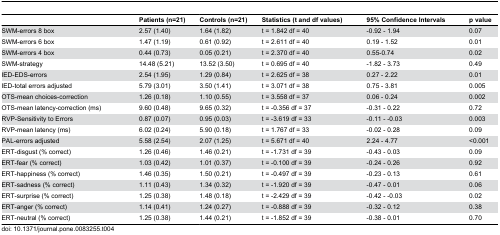
<table><thead><tr><td></td><td><b>Patients (n=21)</b></td><td><b>Controls (n=21)</b></td><td><b>Statistics (t and df values)</b></td><td><b>95% Confidence Intervals</b></td><td><b>p value</b></td></tr></thead><tbody><tr><td>SWM-errors 8 box</td><td>2.57 (1.40)</td><td>1.64 (1.82)</td><td>t = 1.842 df = 40</td><td>-0.92 - 1.94</td><td>0.07</td></tr><tr><td>SWM-errors 6 box</td><td>1.47 (1.19)</td><td>0.61 (0.92)</td><td>t = 2.611 df = 40</td><td>0.19 - 1.52</td><td>0.01</td></tr><tr><td>SWM-errors 4 box</td><td>0.44 (0.73)</td><td>0.05 (0.21)</td><td>t = 2.370 df = 40</td><td>0.55-0.74</td><td>0.02</td></tr><tr><td>SWM-strategy</td><td>14.48 (5.21)</td><td>13.52 (3.50)</td><td>t = 0.695 df = 40</td><td>-1.82 - 3.73</td><td>0.49</td></tr><tr><td>IED-EDS-errors</td><td>2.54 (1.95)</td><td>1.29 (0.84)</td><td>t = 2.625 df = 38</td><td>0.27 - 2.22</td><td>0.01</td></tr><tr><td>IED-total errors adjusted</td><td>5.79 (3.01)</td><td>3.50 (1.41)</td><td>t = 3.071 df = 38</td><td>0.75 - 3.81</td><td>0.005</td></tr><tr><td>OTS-mean choices-correction</td><td>1.26 (0.18)</td><td>1.10 (0.55)</td><td>t = 3.558 df = 37</td><td>0.06 - 0.24</td><td>0.002</td></tr><tr><td>OTS-mean latency-correction (ms)</td><td>9.60 (0.48)</td><td>9.65 (0.32)</td><td>t = -0.356 df = 37</td><td>-0.31 - 0.22</td><td>0.72</td></tr><tr><td>RVP-Sensitivity to Errors</td><td>0.87 (0.07)</td><td>0.95 (0.03)</td><td>t = -3.619 df = 33</td><td>-0.11 - -0.03</td><td>0.003</td></tr><tr><td>RVP-mean latency (ms)</td><td>6.02 (0.24)</td><td>5.90 (0.18)</td><td>t = 1.767 df = 33</td><td>-0.02 - 0.28</td><td>0.09</td></tr><tr><td>PAL-errors adjusted</td><td>5.58 (2.54)</td><td>2.07 (1.25)</td><td>t = 5.671 df = 40</td><td>2.24 - 4.77</td><td>&lt;0.001</td></tr><tr><td>ERT-disgust (% correct)</td><td>1.26 (0.46)</td><td>1.46 (0.21)</td><td>t = -1.731 df = 39</td><td>-0.43 - 0.03</td><td>0.09</td></tr><tr><td>ERT-fear (% correct)</td><td>1.03 (0.42)</td><td>1.01 (0.37)</td><td>t = -0.100 df = 39</td><td>-0.24 - 0.26</td><td>0.92</td></tr><tr><td>ERT-happiness (% correct)</td><td>1.46 (0.35)</td><td>1.50 (0.21)</td><td>t = -0.497 df = 39</td><td>-0.23 - 0.13</td><td>0.61</td></tr><tr><td>ERT-sadness (% correct)</td><td>1.11 (0.43)</td><td>1.34 (0.32)</td><td>t = -1.920 df = 39</td><td>-0.47 - 0.01</td><td>0.06</td></tr><tr><td>ERT-surprise (% correct)</td><td>1.25 (0.38)</td><td>1.48 (0.18)</td><td>t = -2.429 df = 39 </td><td>-0.42 - -0.03</td><td>0.02</td></tr><tr><td>ERT-anger (% correct)</td><td>1.14 (0.41)</td><td>1.24 (0.27)</td><td>t = -0.888 df = 39 </td><td>-0.32 - 0.12</td><td>0.38</td></tr><tr><td>ERT-neutral (% correct)</td><td>1.25 (0.38)</td><td>1.44 (0.21)</td><td>t = -1.852 df = 39</td><td>-0.38 - 0.01</td><td>0.70</td></tr></tbody></table>